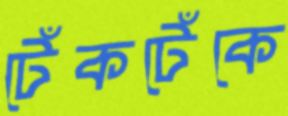
টেঁকটেঁকে